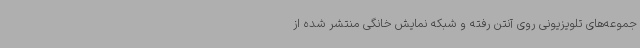
جموعه‌های تلویزیونی روی آنتن رفته و شبکه نمایش خانگی منتشر شده از